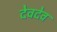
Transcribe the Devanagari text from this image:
देवदेव